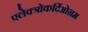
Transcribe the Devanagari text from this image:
एलेक्त्रोकर्दिओग्रम